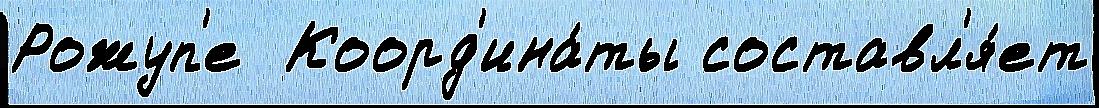
Рожуп'е  Коорд'ина́ты составл'я́ет